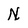
Character: N